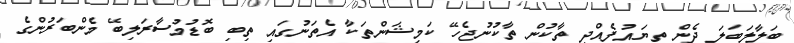
ބަލާލަބަލަ ދެން ތިޔައުފެއްދި ތާކުން ތާކުނުޖެހޭ ކަމިޝަންތަކާ އެތަނުގައި ތިބި ބޮޑުމުސާރަލިބޭ މެންބަރުންގެ